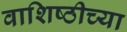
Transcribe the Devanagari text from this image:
वाशिष्ठीच्या